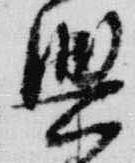
興